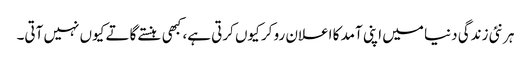
ہر نئی زندگی دنیا میں اپنی آمد کا اعلان رو کر کیوں کرتی ہے، کبھی ہنستے گاتے کیوں نہیں آتی۔